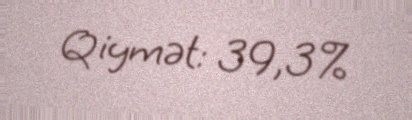
Qiymət: 39,3%